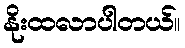
နိုးထလာပါတယ်။